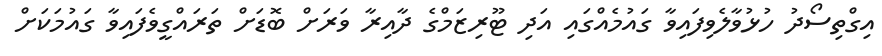
އިގްތިސޯދު ހުޅުވާލެވިފައިވާ ގައުމެއްގައި އަދި ޓޫރިޒަމްގެ ދާއިރާ ވަރަށް ބޮޑަށް ތަަރައްގީވެފައިވާ ގައުމަކަށް